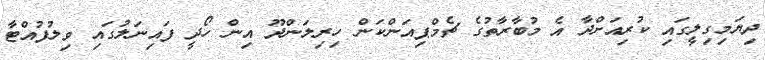
ދިޔަމިގިލީގައި ކުރިއަށްދާ އެ މުބާރާތުގެ ޗެމްޕިއަންކަން ހިރިލަންދޫ އިން ހޯދީ ފައިނަލުގައި ވިލުފުއްޓާ